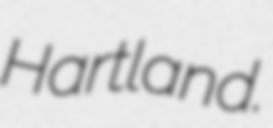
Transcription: Hartland.